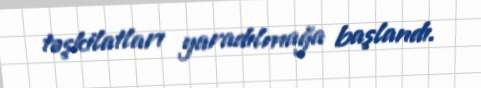
təşkilatları yaradılmağa başlandı.